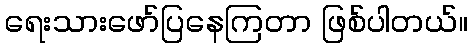
ရေးသားဖော်ပြနေကြတာ ဖြစ်ပါတယ်။